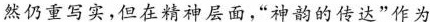
然仍重写实,但在精神层面，“神韵的传达”作为